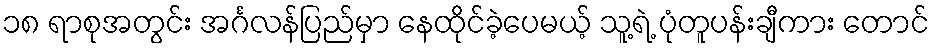
၁၈ ရာစုအတွင်း အင်္ဂလန်ပြည်မှာ နေထိုင်ခဲ့ပေမယ့် သူ့ရဲ့ ပုံတူပန်းချီကား တောင်